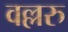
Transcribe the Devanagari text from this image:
वल्लरु